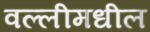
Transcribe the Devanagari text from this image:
वल्लीमधील